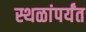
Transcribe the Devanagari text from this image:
स्थळांपर्यंत